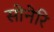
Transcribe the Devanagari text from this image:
सोनेरि